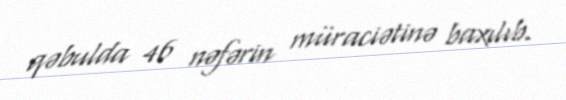
qəbulda 46 nəfərin müraciətinə baxılıb.